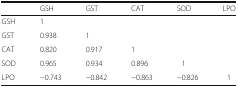
|  | GSH | GST | CAT | SOD | LPO |
 | --- | --- | --- | --- | --- | --- |
 | GSH | 1 |  |  |  |  |
 | GST | 0.938 | 1 |  |  |  |
 | CAT | 0.820 | 0.917 | 1 |  |  |
 | SOD | 0.965 | 0.934 | 0.896 | 1 |  |
 | LPO | −0.743 | −0.842 | −0.863 | −0.826 | 1 |